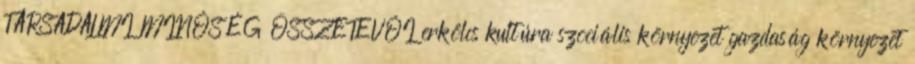
TÁRSADALMI MINŐSÉG ÖSSZETEVŐI erkölcs kultúra szociális környezet gazdaság környezet